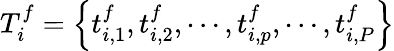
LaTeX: T_{i}^{f}=\left\{ t_{i,1}^{f},t_{i,2}^{f},\cdots,t_{i,p}^{f},\cdots,t_{i,P}^{f}\right\}